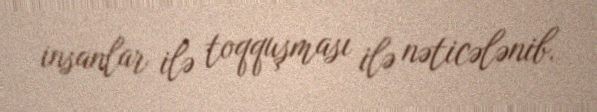
insanlar ilə toqquşması ilə nəticələnib.